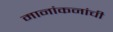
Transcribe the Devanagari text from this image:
मानांकनांची